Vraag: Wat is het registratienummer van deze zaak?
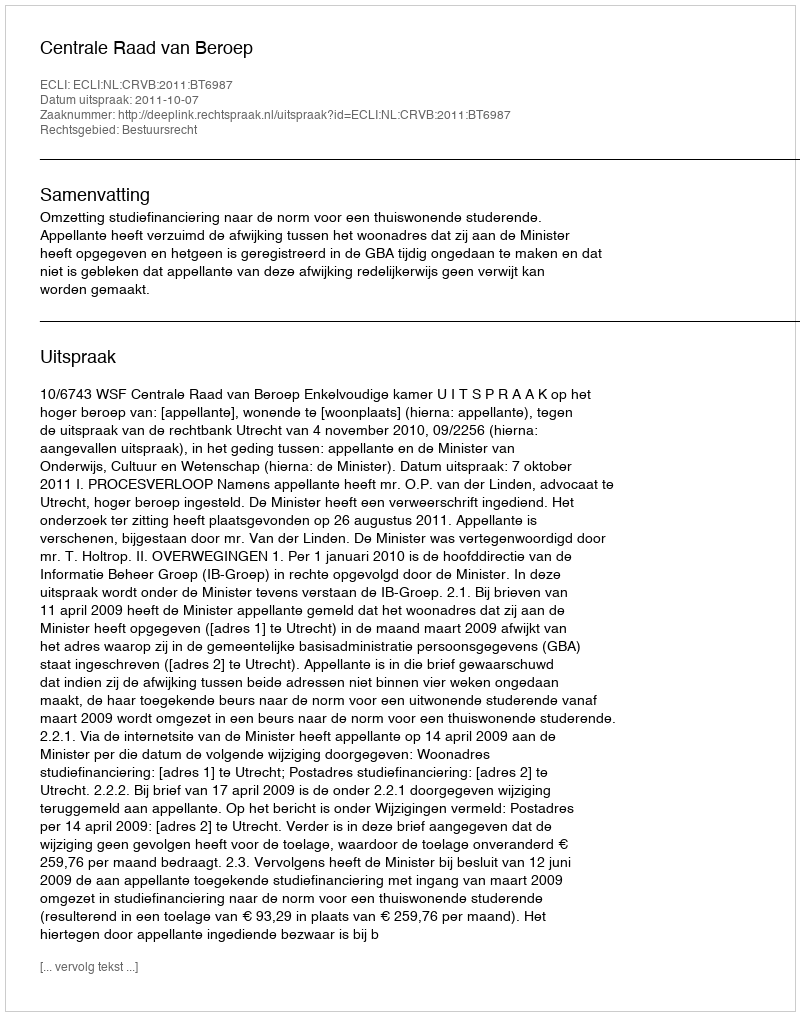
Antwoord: http://deeplink.rechtspraak.nl/uitspraak?id=ECLI:NL:CRVB:2011:BT6987